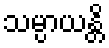
သမ္ပာယန္တိ